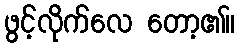
ဖွင့်လိုက်လေ တော့၏။